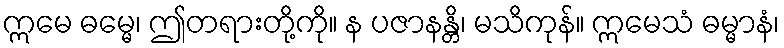
ဣမေ ဓမ္မေ၊ ဤတရားတို့ကို။ န ပဇာနန္တိ၊ မသိကုန်။ ဣမေသံ ဓမ္မာနံ၊